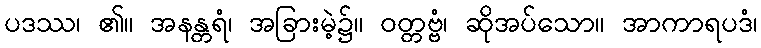
ပဒဿ၊ ၏။ အနန္တရံ၊ အခြားမဲ့၌။ ဝတ္တဗ္ဗံ၊ ဆိုအပ်သော။ အာကာရပဒံ၊